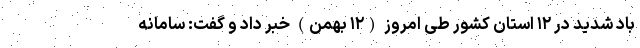
باد شدید در ۱۲ استان کشور طی امروز (۱۲ بهمن) خبر داد و گفت: سامانه